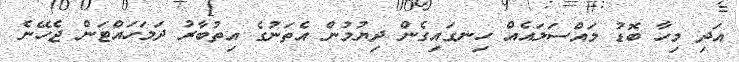
އަދި މިހާ ބޮޑު މައްސަލައެއް ހިނގައިގެން ދިޔުމުން އެތަނުގެ އިތުބާރު ދަމަހައްޓަން ޖެހޭނެ